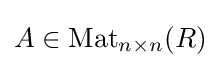
A\in \operatorname {Mat} _{n\times n}(R)